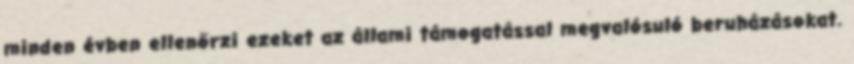
minden évben ellenőrzi ezeket az állami támogatással megvalósuló beruházásokat.